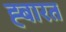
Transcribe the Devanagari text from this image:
ह्बारत